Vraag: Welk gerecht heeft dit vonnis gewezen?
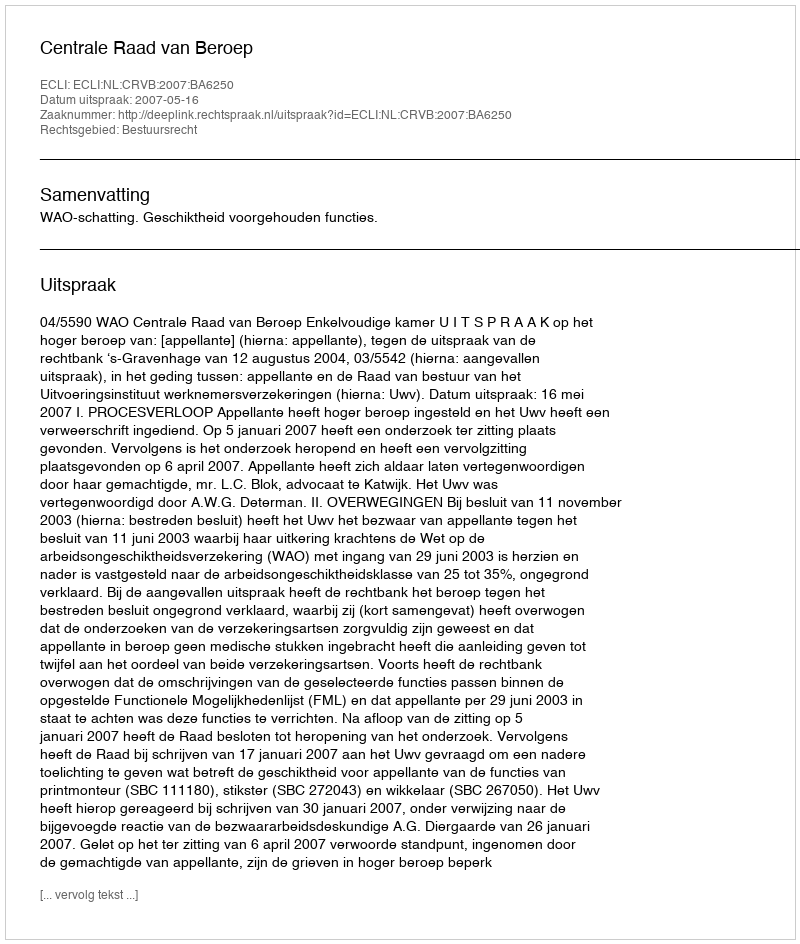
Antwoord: Centrale Raad van Beroep